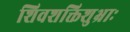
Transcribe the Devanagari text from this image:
शिवशक्तिशुभ्राः